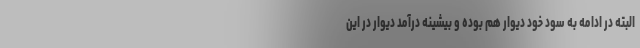
البته در ادامه به سود خود دیوار هم بوده و بیشینه درآمد دیوار در این